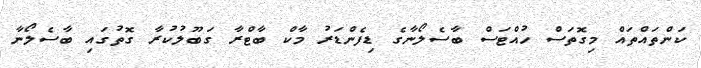
ކަންތައްތައް މިގޮތަސް ހުއްޓަސް ބާސެލޯނާގެ ޑިފެންޑަރު މާކް ބާޓްރާ ގަބޫލުކުރާ ގޮތުގައި ބާސެލޯނާ